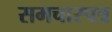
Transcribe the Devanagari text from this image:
समचारपत्र